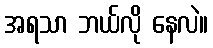
အရသာ ဘယ်လို နေလဲ။